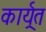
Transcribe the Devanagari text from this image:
कार्य्रत